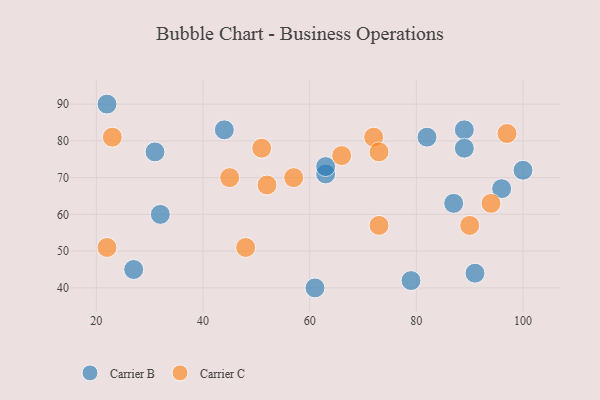
{"axis": {"x": "GDP", "y": "Life Expectancy"}, "legend": ["Carrier B", "Carrier C"], "data": [{"x": "61", "y": 40, "type": "Carrier B"}, {"x": "89", "y": 83, "type": "Carrier B"}, {"x": "96", "y": 67, "type": "Carrier B"}, {"x": "63", "y": 71, "type": "Carrier B"}, {"x": "100", "y": 72, "type": "Carrier B"}, {"x": "32", "y": 60, "type": "Carrier B"}, {"x": "44", "y": 83, "type": "Carrier B"}, {"x": "79", "y": 42, "type": "Carrier B"}, {"x": "87", "y": 63, "type": "Carrier B"}, {"x": "82", "y": 81, "type": "Carrier B"}, {"x": "89", "y": 78, "type": "Carrier B"}, {"x": "27", "y": 45, "type": "Carrier B"}, {"x": "63", "y": 73, "type": "Carrier B"}, {"x": "31", "y": 77, "type": "Carrier B"}, {"x": "91", "y": 44, "type": "Carrier B"}, {"x": "22", "y": 90, "type": "Carrier B"}, {"x": "48", "y": 51, "type": "Carrier C"}, {"x": "72", "y": 81, "type": "Carrier C"}, {"x": "94", "y": 63, "type": "Carrier C"}, {"x": "45", "y": 70, "type": "Carrier C"}, {"x": "90", "y": 57, "type": "Carrier C"}, {"x": "51", "y": 78, "type": "Carrier C"}, {"x": "52", "y": 68, "type": "Carrier C"}, {"x": "22", "y": 51, "type": "Carrier C"}, {"x": "57", "y": 70, "type": "Carrier C"}, {"x": "73", "y": 57, "type": "Carrier C"}, {"x": "73", "y": 77, "type": "Carrier C"}, {"x": "97", "y": 82, "type": "Carrier C"}, {"x": "23", "y": 81, "type": "Carrier C"}, {"x": "66", "y": 76, "type": "Carrier C"}]}